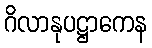
ဂိလာနုပဋ္ဌာကေန